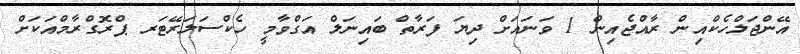
އޭންޖަލްހެކްއިން ރާއްޖެއިން 1 ވަނައަށް ދިޔަ ފަރާތް ބައިނަލް އަގްވާމީ ހެކްސަލަރޭޓަރ ޕްރޮގްރާމްއަކަށް